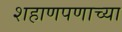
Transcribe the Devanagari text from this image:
शहाणपणाच्या